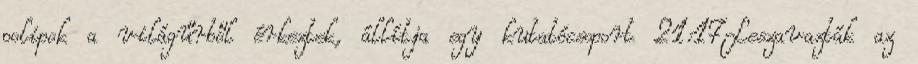
polipok a világűrből érkeztek, állítja egy kutatócsoport 21:17Leszavazták az